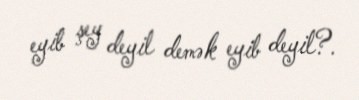
eyib şey deyil demək eyib deyil?.